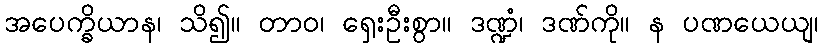
အပေက္ခိယာန၊ သိ၍။ တာဝ၊ ရှေးဦးစွာ။ ဒဏ္ဍံ၊ ဒဏ်ကို။ န ပဏယေယျ၊